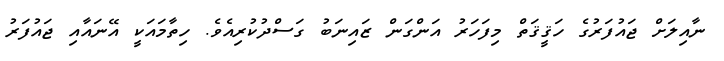
ނާއިލަށް ޖައުފަރުގެ ހަޤީޤަތް މިފަހަރު އަންގަން ޒައިނަބު ގަސްދުކުރިއެވެ. ހިތާމައަކީ އޭނައާއި ޖައުފަރު